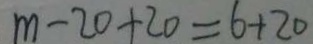
m - 2 0 + 2 0 = 6 + 2 0